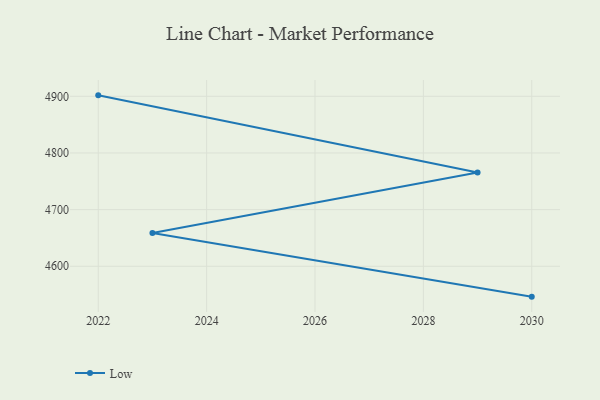
{"axis": {"x": "Year", "y": "Budget (USD K)"}, "legend": ["Low"], "data": [{"x": "2030", "y": 4546.4, "type": "Low"}, {"x": "2023", "y": 4658.6, "type": "Low"}, {"x": "2029", "y": 4765.7, "type": "Low"}, {"x": "2022", "y": 4901.7, "type": "Low"}]}